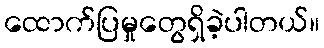
ထောက်ပြမှုတွေရှိခဲ့ပါတယ်။